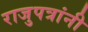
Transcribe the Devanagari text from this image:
राजुपत्रांनी